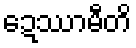
ဍေဿာမီတိ